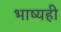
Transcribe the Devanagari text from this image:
भाष्यही